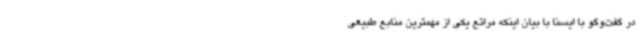
در گفت‌وگو با ایسنا با بیان اینکه مراتع یکی از مهمترین منابع طبیعی